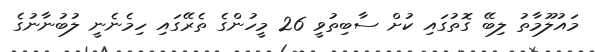
މައުލޫމާތު ލިބޭ ގޮތުގައި ކުށް ސާބިތުވީ 26 މީހުންގެ ތެރޭގައި ހިމެނެނީ ލުބުނާނުގެ